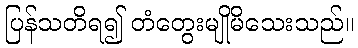
ပြန်သတိရ၍ တံတွေးမျိုမိသေးသည်။